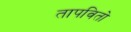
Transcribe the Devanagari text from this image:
तापवितो